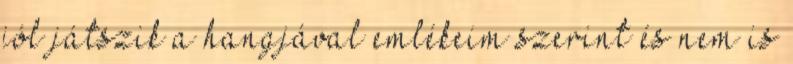
jól játszik a hangjával emlékeim szerint és nem is